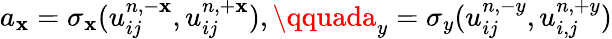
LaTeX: a_{\mathbf{x}}=\sigma_{\mathbf{x}}(u_{ij}^{n,-\mathbf{x}},u_{ij}^{n,+\mathbf{x}}),\qquada_{y}=\sigma_{y}(u_{ij}^{n,-y},u_{i,j}^{n,+y})